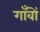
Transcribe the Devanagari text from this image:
गॉंवों